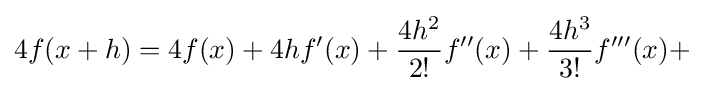
4f(x+h)=4f(x)+4hf'(x)+{\frac {4h^{2}}{2!}}f''(x)+{\frac {4h^{3}}{3!}}f'''(x)+